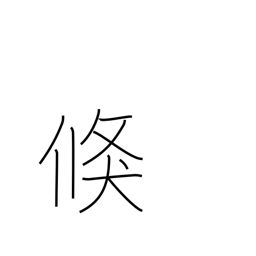
Meaning: prompt